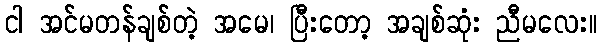
ငါ အင်မတန်ချစ်တဲ့ အမေ၊ ပြီးတော့ အချစ်ဆုံး ညီမလေး။